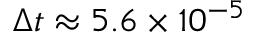
\Delta t \approx 5 . 6 \times 1 0 ^ { - 5 }